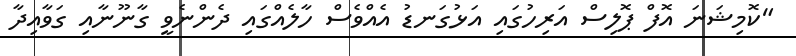
"ކޮމިޝަނަ އޮފް ޕޮލިސް އަރިހުގައި އަޅުގަނޑު އެއްވެސް ހާލެއްގައި ދެންނެވީ ގާނޫނާއި ގަވާއިދާ